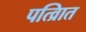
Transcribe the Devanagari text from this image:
पत्व्राित